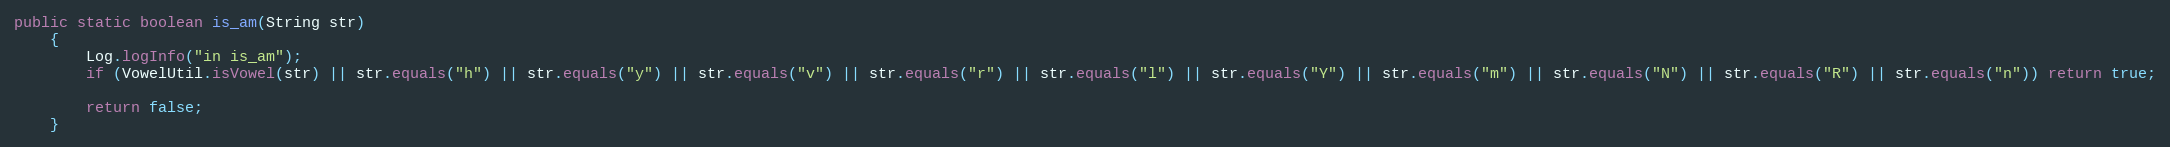
Language: Java
public static boolean is_am(String str)
    {
        Log.logInfo("in is_am");
        if (VowelUtil.isVowel(str) || str.equals("h") || str.equals("y") || str.equals("v") || str.equals("r") || str.equals("l") || str.equals("Y") || str.equals("m") || str.equals("N") || str.equals("R") || str.equals("n")) return true;

        return false;
    }